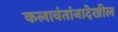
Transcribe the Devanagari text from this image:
कलावंतांनादेखील